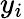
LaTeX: y_{i}